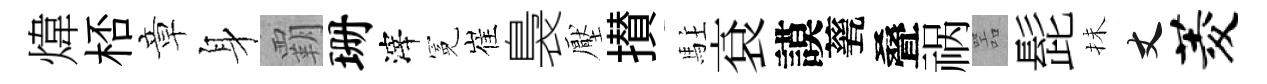
煒桮章身覇珊滓冕崔裊壓攅駐袞謨甆叠祸噐髭抺丈菱